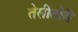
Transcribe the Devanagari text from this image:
तेसीतोरी